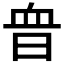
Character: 𧖮